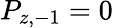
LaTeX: P_{z,-1}=0